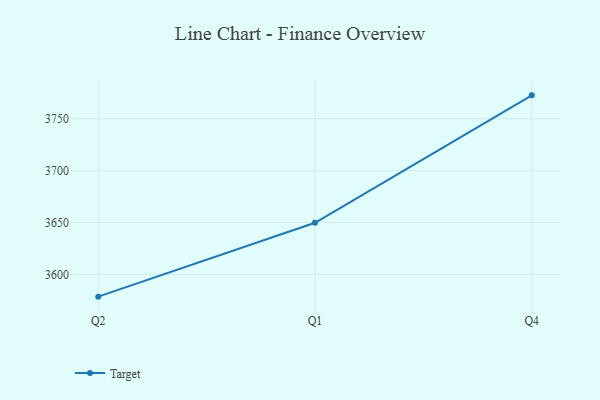
{"axis": {"x": "Quarter", "y": "Bounce Rate (%)"}, "legend": ["Target"], "data": [{"x": "Q2", "y": 3578.5, "type": "Target"}, {"x": "Q1", "y": 3649.7, "type": "Target"}, {"x": "Q4", "y": 3772.6, "type": "Target"}]}